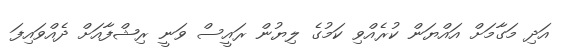
އަދި މަގާމަށް އައްޔަން ކުރެއްވި ކަމުގެ ލިޔުން ރައީސް ވަނީ ރިޝްފާއަށް ދެއްވައިފަ